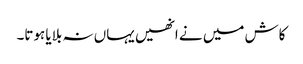
کاش میں نے انھیں یہاں نہ بلایا ہوتا۔